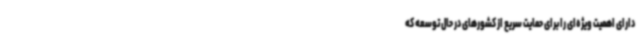
دارای اهمیت ویژه‌ای را برای حمایت سریع از کشورهای در حال توسعه که